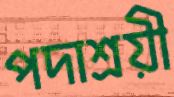
পদাশ্রয়ী